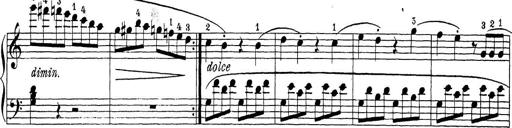
Title: Sonatina Album
Composer: Louis KÃ¶hler